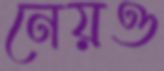
নেয়ও